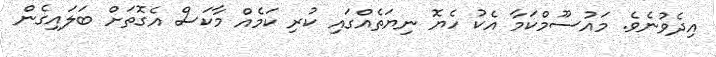
އިދެވުނެވެ. މައުސޫމްކަމާ އެކު ހެޔޮ ނިޔަތެއްގައި ކުރި ކަމެއް މާކަސް އެގޮތަށް ބަލައިގެން